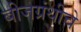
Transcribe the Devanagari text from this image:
बीजग्रंथीचे